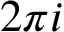
2 \pi i